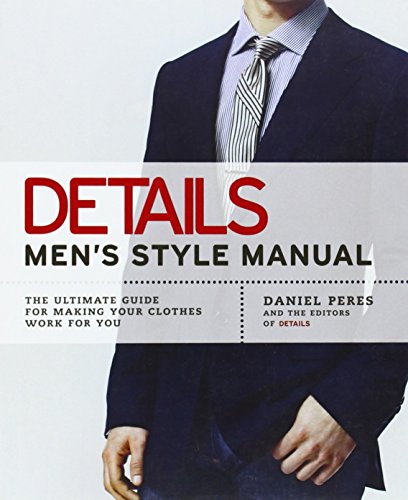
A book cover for Details Men's Style Manual: The Ultimate Guide for Making Your Clothes Work for You; Daniel Peres; Health, Fitness & Dieting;